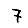
Digit: 7